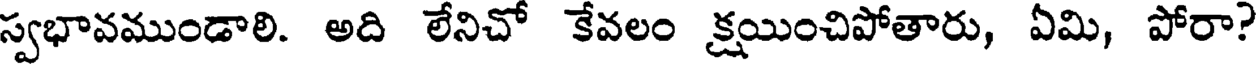
స్వభావముండాలి. అది లేనిచో కేవలం క్షయించిపోతారు, ఏమి, పోరా?